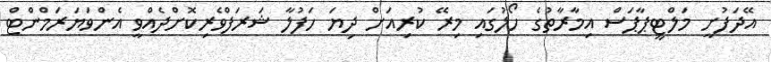
އޭދަފުށީ މަލްޓީޕާޕަސް އިމާރާތުގެ ހޯލުގައި މިރޭ ކުރިއަށް ދިޔަ ހަފުލާ ޝަރަފްވެރިކޮށްދެއްވީ އެންވަޔަރަމްންޓް